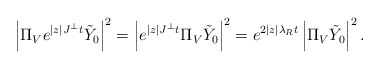
\begin{align*}\left|\Pi_V e^{|z| J^\perp t}\tilde{Y}_0\right|^2 & = \left|e^{|z| J^\perp t}\Pi_{V}\tilde{Y}_0\right|^2 = e^{2|z|\lambda_R t}\left|\Pi_{V}\tilde{Y}_0\right|^2.\end{align*}